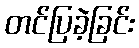
တင်ပြခဲ့ခြင်း